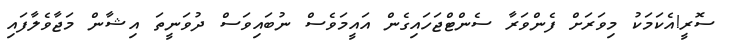
ސޮރީ!އެކަމަކު މިވަރަށް ފެންވަރާ ސެންޓްޖަހައިގެން އައީމަވެސް ނުބައިވަސް ދުވަނީތަ އިޝާން މަޖާވެލާފައި